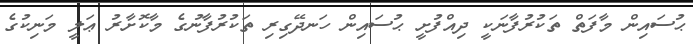
ޙުސައިން މާފަތް ތަކުރުފާނަކީ ދިއްފުށީ ޙުސައިން ހަނދޭގިރި ތަކުރުފާނުގެ މާކޮށާރު ޢަލީ މަނިކުގެ